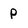
Character: P